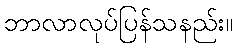
ဘာလာလုပ်ပြန်သနည်း။